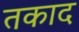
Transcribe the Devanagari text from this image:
तकाद